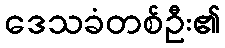
ဒေသခံတစ်ဦး၏